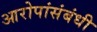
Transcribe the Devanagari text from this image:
आरोपांसंबंधी